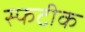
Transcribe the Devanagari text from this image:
स्फटीक